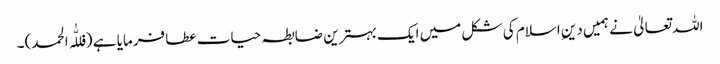
اللہ تعالیٰ نے ہمیں دینِ اسلام کی شکل میں ایک بہترین ضابطہ حیات عطا فرمایا ہے (فللّٰہ الحمد)۔